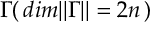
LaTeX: { \Gamma } ( \, d i m \Vert \Gamma \Vert = 2 n \, )